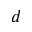
d